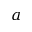
a